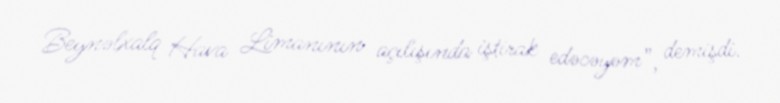
Beynəlxalq Hava Limanının açılışında iştirak edəcəyəm”, demişdi.